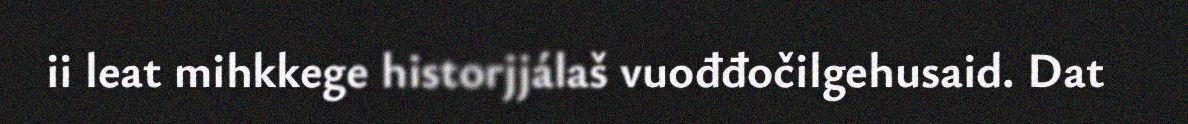
ii leat mihkkege historjjálaš vuođđočilgehusaid. Dat